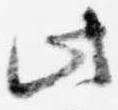
此